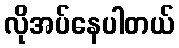
လိုအပ်နေပါတယ်